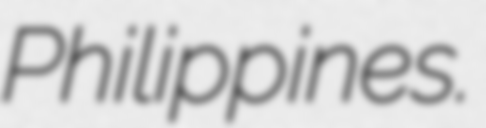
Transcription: Philippines.